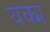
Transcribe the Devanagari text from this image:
यक्म